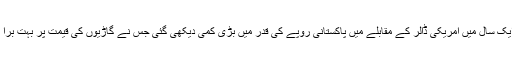
گزشتہ ایک سال میں امریکی ڈالر کے مقابلے میں پاکستانی روپے کی قدر میں بڑی کمی دیکھی گئی جس نے گاڑیوں کی قیمت پر بہت بُرا اثر ڈالا۔